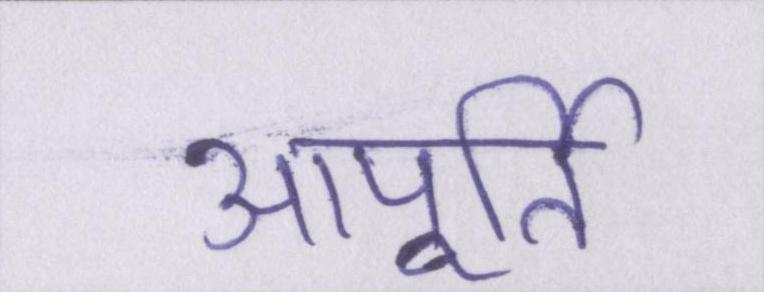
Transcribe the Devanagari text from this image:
आपूर्ति